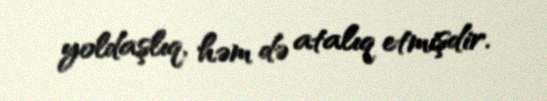
yoldaşlıq, həm də atalıq etmişdir.